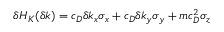
\begin{array} { r } { \delta H _ { K } ( \delta k ) = c _ { D } \delta k _ { x } \sigma _ { x } + c _ { D } \delta k _ { y } \sigma _ { y } + m c _ { D } ^ { 2 } \sigma _ { z } } \end{array}